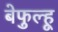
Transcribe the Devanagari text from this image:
बेफुल्हू